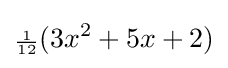
{\scriptstyle {\frac {1}{12}}}(3x^{2}+5x+2)